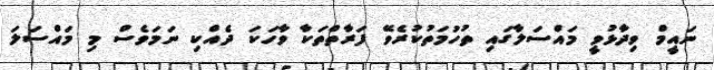
ނައީމް ވިދާޅުވީ މައްސަލާގައި ތުހުމަތުކުރެވޭ ފަރާތްތަކާ ވާހަކަ ދެއްކި ނަމަވެސް މި މައްސަލަ